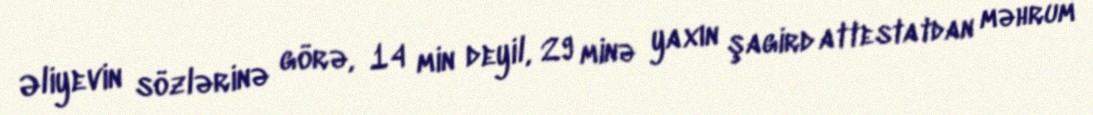
Əliyevin sözlərinə görə, 14 min deyil, 29 minə yaxın şagird attestatdan məhrum